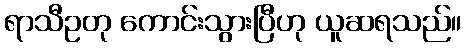
ရာသီဥတု ကောင်းသွားပြီဟု ယူဆရသည်။